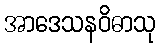
အာဒေသနဝိဓာသု